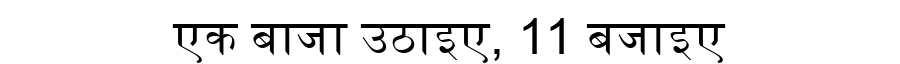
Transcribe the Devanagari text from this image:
एक बाजा उठाइए, 11 बजाइए